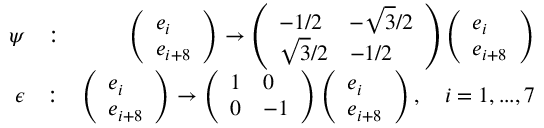
\begin{array} { r l r } { \psi } & { : } & { \left( \begin{array} { l } { e _ { i } } \\ { e _ { i + 8 } } \end{array} \right) \rightarrow \left( \begin{array} { l l } { - 1 / 2 } & { - \sqrt { 3 } / 2 } \\ { \sqrt { 3 } / 2 } & { - 1 / 2 } \end{array} \right) \left( \begin{array} { l } { e _ { i } } \\ { e _ { i + 8 } } \end{array} \right) } \\ { \epsilon } & { : } & { \left( \begin{array} { l } { e _ { i } } \\ { e _ { i + 8 } } \end{array} \right) \rightarrow \left( \begin{array} { l l } { 1 } & { 0 } \\ { 0 } & { - 1 } \end{array} \right) \left( \begin{array} { l } { e _ { i } } \\ { e _ { i + 8 } } \end{array} \right) , \quad i = 1 , . . . , 7 } \end{array}